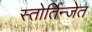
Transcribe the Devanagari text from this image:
स्तोर्तिन्जेत